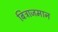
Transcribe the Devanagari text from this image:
बित्राजमान